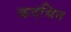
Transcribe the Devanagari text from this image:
कदचित